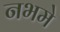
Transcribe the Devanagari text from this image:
नभमे